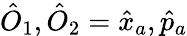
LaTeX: \hat{O}_{1},\hat{O}_{2}=\hat{x}_{a},\hat{p}_{a}